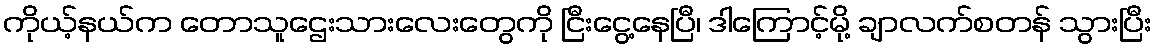
ကိုယ့်နယ်က တောသူဌေးသားလေးတွေကို ငြီးငွေ့နေပြီ၊ ဒါကြောင့်မို့ ချာလက်စတန် သွားပြီး